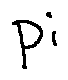
p i